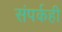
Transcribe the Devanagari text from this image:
संपर्कही